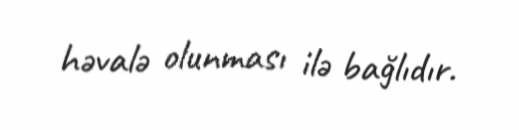
həvalə olunması ilə bağlıdır.